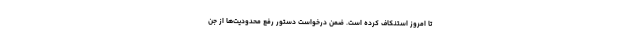
تا امروز استنکاف کرده است. ضمن درخواست دستور رفع محدودیت‌ها از جن